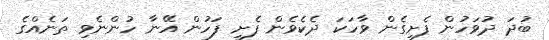
ބުދަ ދުވަހުން ފެށިގެން ވާހަކަ ދެކެވެން ފެށި ފަހުން އޭނާ ހުންނެވި ތަނެއްގެ